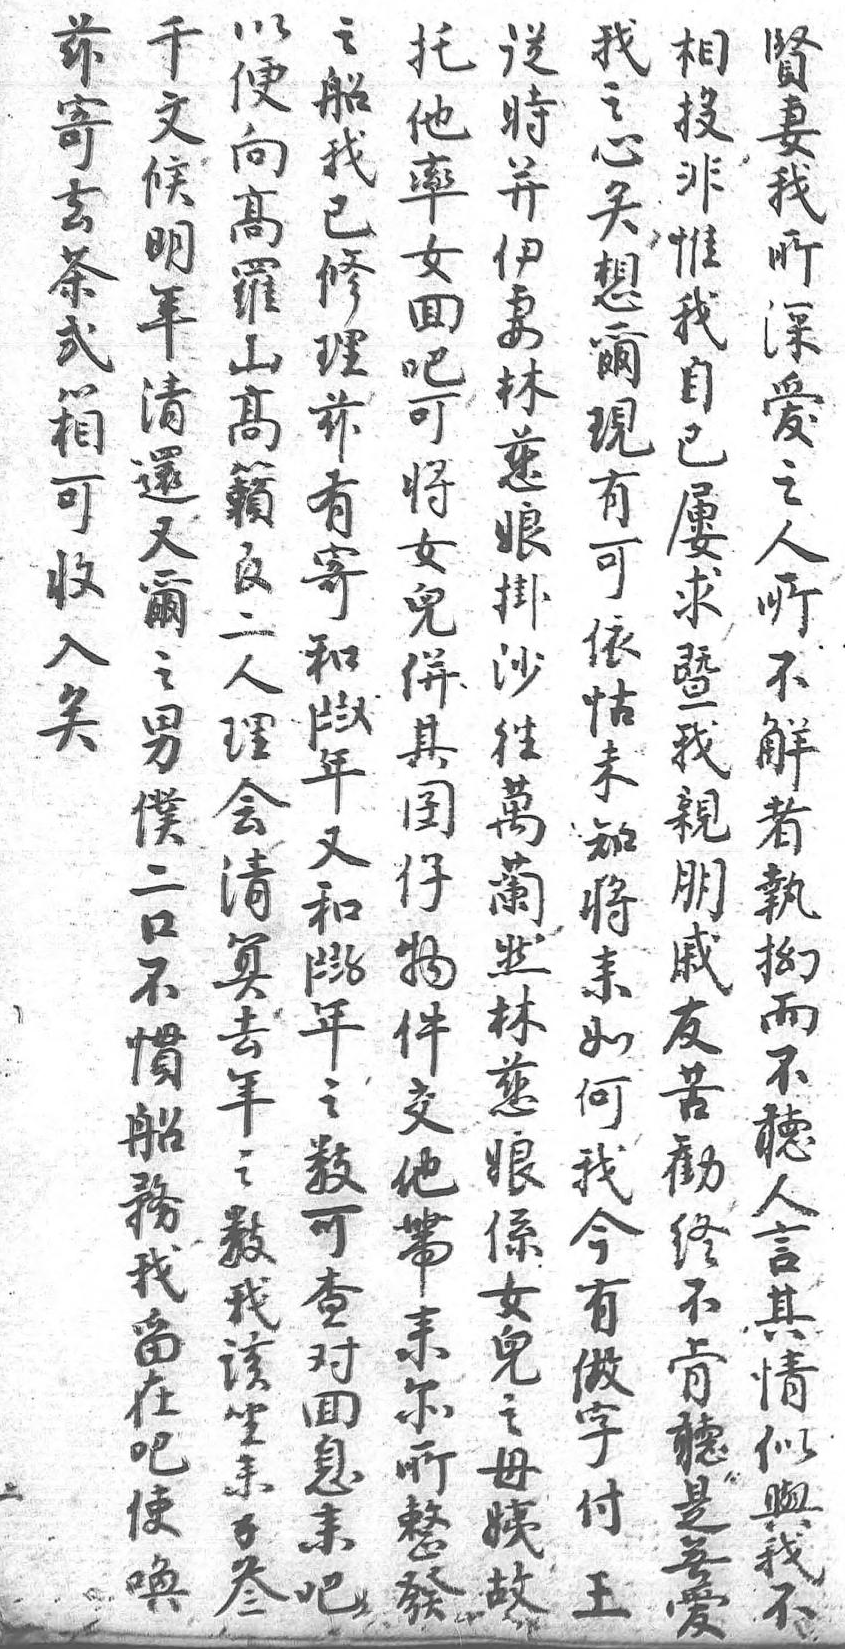
之兹以千從相賢托我船寄便文時投妻他之我去向候並非我率心已茶高明伊惟所女矣修貳羅年妻我深回想理箱山清林自愛吧爾兹可高還慈己之可現有收籟又娘屢人將有寄入官爾掛求所女可和矣二之沙暨不兒依〡 人男往我解並怙〧 理僕萬親者其未〨 會二蘭朋執囝知〤 清口然戚拗仔將年 算不林友而物來又 去慣慈苦不件如和 年船娘勸聽交何荷 之務係終人他我蘭 數我女不言帶今〡 我留兒肯其來有〧 該在之聽情爾做〨 坐吧母是似所字〥 來使姨無與整付年 錢唤故愛我發 之 叁   不 王數        可        查        對        回        息        來        吧